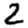
Digit: 2